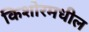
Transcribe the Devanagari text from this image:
किशोरमधील